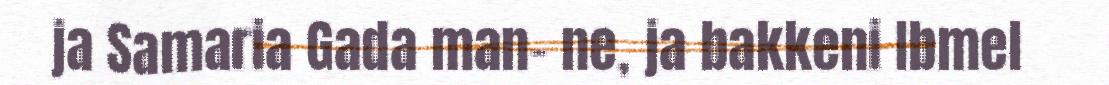
ja Samaria Gada man- ne, ja bakkeni Ibmel